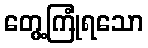
တွေ့ကြုံရသော